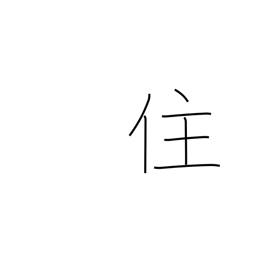
Meaning: live